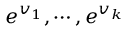
e ^ { v _ { 1 } } , \cdots , e ^ { v _ { k } }